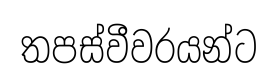
තපස්වීවරයන්ට